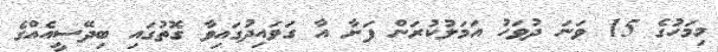
މިމަހުގެ 15 ވަނަ ދުވަހު އަމަލުކުރަން ފަށާ އާ ގަވައިދުގައިވާ ގޮތުގައި ބިދޭސީއެއްގެ